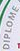
DIPLOME